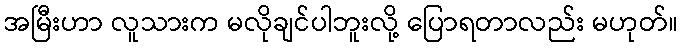
အမြီးဟာ လူသားက မလိုချင်ပါဘူးလို့ ပြောရတာလည်း မဟုတ်။